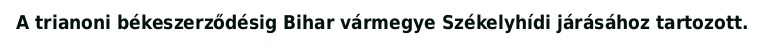
A trianoni békeszerződésig Bihar vármegye Székelyhídi járásához tartozott.